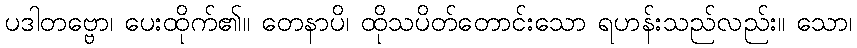
ပဒါတဗ္ဗော၊ ပေးထိုက်၏။ တေနာပိ၊ ထိုသပိတ်တောင်းသော ရဟန်းသည်လည်း။ သော၊